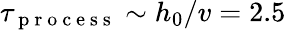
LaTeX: \tau_{\mathrm{~p~r~o~c~e~s~s~}}\sim h_{0}/v=2.5